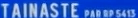
"TAINASTE